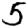
Digit: 5